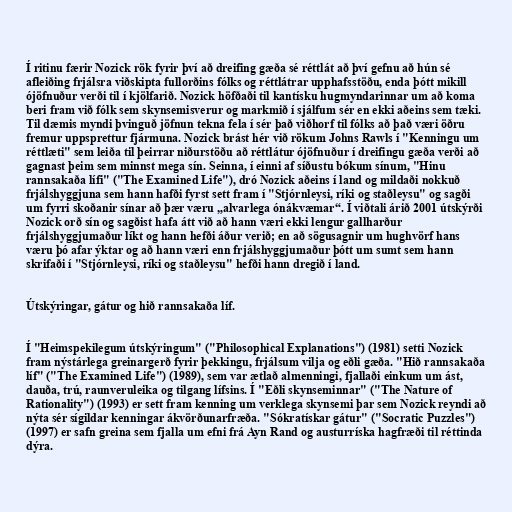
Í ritinu færir Nozick rök fyrir því að dreifing gæða sé réttlát að því gefnu að hún sé
afleiðing frjálsra viðskipta fullorðins fólks og réttlátrar upphafsstöðu, enda þótt mikill
ójöfnuður verði til í kjölfarið. Nozick höfðaði til kantísku hugmyndarinnar um að koma
beri fram við fólk sem skynsemisverur og markmið í sjálfum sér en ekki aðeins sem tæki.
Til dæmis myndi þvinguð jöfnun tekna fela í sér það viðhorf til fólks að það væri öðru
fremur uppsprettur fjármuna. Nozick brást hér við rökum Johns Rawls í "Kenningu um
réttlæti" sem leiða til þeirrar niðurstöðu að réttlátur ójöfnuður í dreifingu gæða verði að
gagnast þeim sem minnst mega sín. Seinna, í einni af síðustu bókum sínum, "Hinu
rannsakaða lífi" ("The Examined Life"), dró Nozick aðeins í land og mildaði nokkuð
frjálshyggjuna sem hann hafði fyrst sett fram í "Stjórnleysi, ríki og staðleysu" og sagði
um fyrri skoðanir sínar að þær væru „alvarlega ónákvæmar“. Í viðtali árið 2001 útskýrði
Nozick orð sín og sagðist hafa átt við að hann væri ekki lengur gallharður
frjálshyggjumaður líkt og hann hefði áður verið; en að sögusagnir um hughvörf hans
væru þó afar ýktar og að hann væri enn frjálshyggjumaður þótt um sumt sem hann
skrifaði í "Stjórnleysi, ríki og staðleysu" hefði hann dregið í land.

Útskýringar, gátur og hið rannsakaða líf.

Í "Heimspekilegum útskýringum" ("Philosophical Explanations") (1981) setti Nozick
fram nýstárlega greinargerð fyrir þekkingu, frjálsum vilja og eðli gæða. "Hið rannsakaða
líf" ("The Examined Life") (1989), sem var ætlað almenningi, fjallaði einkum um ást,
dauða, trú, raunveruleika og tilgang lífsins. Í "Eðli skynseminnar" ("The Nature of
Rationality") (1993) er sett fram kenning um verklega skynsemi þar sem Nozick reyndi að
nýta sér sígildar kenningar ákvörðunarfræða. "Sókratískar gátur" ("Socratic Puzzles")
(1997) er safn greina sem fjalla um efni frá Ayn Rand og austurríska hagfræði til réttinda
dýra.